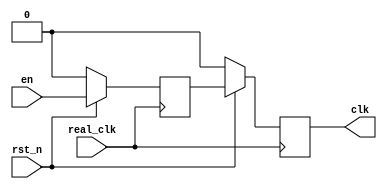
// EELE 4054: Digital VLSI Design
// 
// ALU sync

module sync_ss (input real_clk, en, rst_n, output reg clk);

reg meta;

always @(posedge real_clk)

	if (~rst_n) begin
		meta <= 1'b0;
		clk <= 1'b0;
	end
	else begin
		meta <= en;
		clk <= meta;
	end
	
endmodule